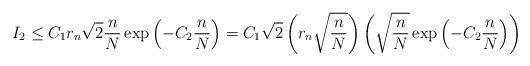
LaTeX: \begin{align*}I_2 \leq C_1 r_n\sqrt{2} \frac{n}{N}\exp\left(-C_2 \frac{n}{N}\right) = C_1\sqrt{2} \left(r_n \sqrt{\frac{n}{N}}\right) \left(\sqrt{\frac{n}{N}}\exp\left(-C_2 \frac{n}{N}\right)\right)\end{align*}